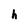
Character: h